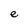
Character: e